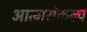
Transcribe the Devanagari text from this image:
आत्मसंकल्प